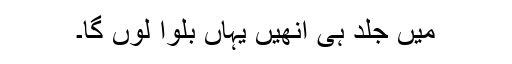
میں جلد ہی انھیں یہاں بلوا لوں گا۔